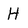
Character: H